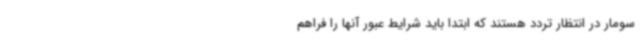
سومار در انتظار تردد هستند که ابتدا باید شرایط عبور آنها را فراهم